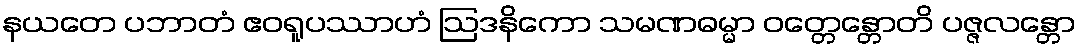
နယတေ ပဘာတံ ဧဝရူပဿာဟံ ဩဒနိကော သမဏဓမ္မာ ဝတ္တေန္တောတိ ပဇ္ဇလန္တော